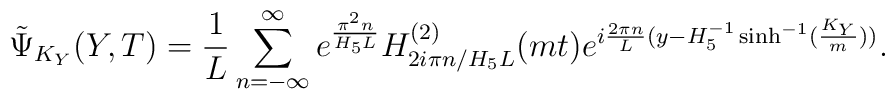
\tilde{\Psi}_{K_Y}(Y,T)=\frac{1}{L} \sum_{n=-\infty}^{\infty}	e^{\pi^2 n\over H_5 L} H^{(2)}_{ 2 i\pi n / H_5 L}(mt)	e^{i{2 \pi n\over L} (y-H_5^{-1} \sinh^{-1}(\frac{K_Y}{m}))}.